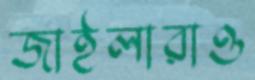
জাইলারাও